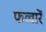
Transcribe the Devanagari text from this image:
फव्वारें